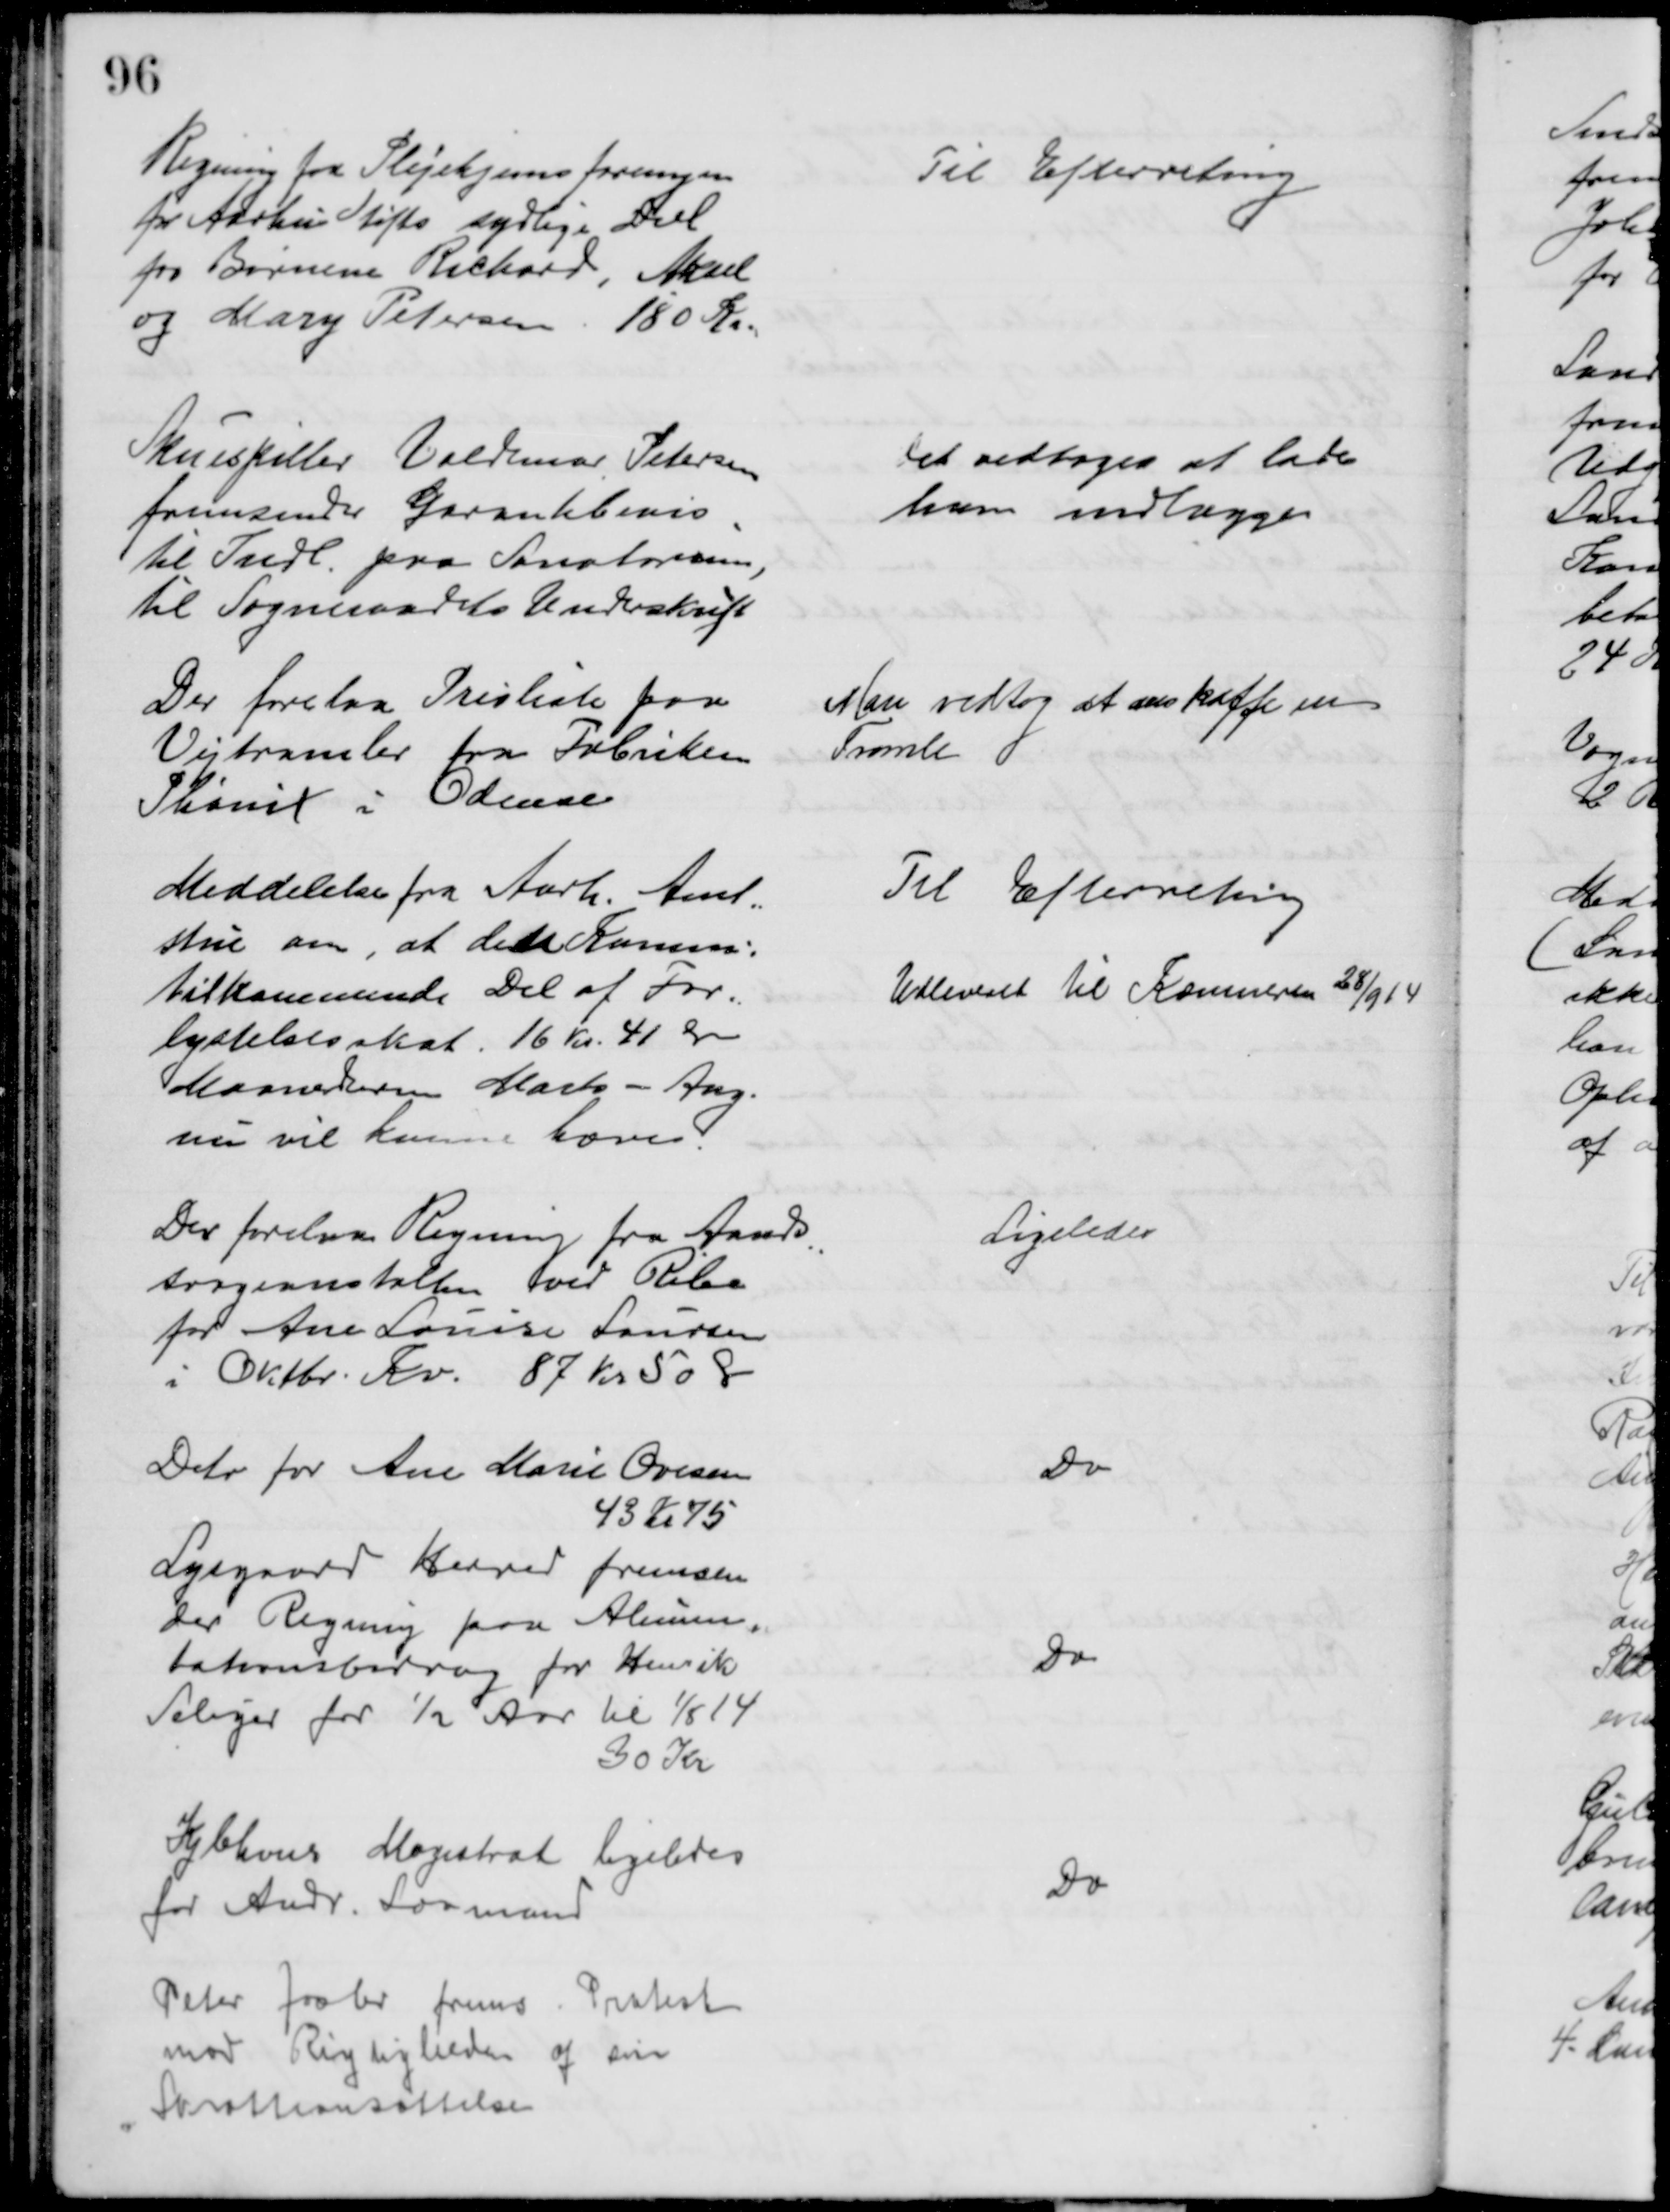
Transskription:
Regning fra Plejehjemsforeningen
for Aarhus Stifts sydlige Deel
for Børnene Richard, Aksel
og Mary Petersen. 180 Kr.
Til Efterretning
Skuespiller Valdemar Petersen
fremsender Garantibevis
til Indl. paa Sanatorium
til Sogneraadets Underskrift
Det vedtoges at lade
ham indlægge
Der forelaa Prisliste paa
Vejtromler fra Fabriken
Phønix i Odense
Man vedtog at anskaffe en
Tromle
Meddelelse fra Aarh. Amt=
stue om, at den Komun:
tilkommende Del af For=
lystelsesskat. 16 Kr. 41 Ør
Maanederne Marts - Aug.
nu vil kunne hæves.
Til Efterretning
Udleveret til Kæmneren 28/9 14
Der forelaa Regning fra Aands
=
svageanstalten ved Ribe
for Ane Louise Laursen
i Oktbr. Kv. 87 kr 50 Ø
Ligeledes
Dito for Ane Marie Ovesen
43 Kr 75
Do
Lysgaard Herred fremsen
der Regning paa Alimen-
tationsbidrag for Henrik
Seliger for ½ Aar til 1/5 14
30 Kr
Do
Kbhvns Magistrat ligeledes
for Andr. Lovmand
Do
Peter Jacbr frems. Protest
mod Rigtigheden af sin
Skatteansættelse